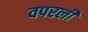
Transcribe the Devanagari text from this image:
वपरली